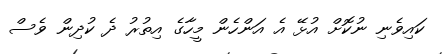
ކައިވެނި ނުކޮށް އުޅޭ އެ އަންހެން މީހާގެ އިތުރު ދެ ކުދިން ވެސް